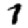
Digit: 1